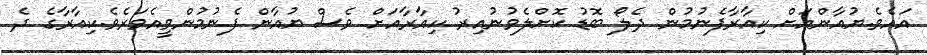
އައެވެ.ޔުއާންއަށް ކިއާރާފެނުމުން ދެލޯ ބޮޑު ކޮށްލެވުނުއިރު ކިއާރާއަށް ވެސް ޔުއާން ފެނުމުންވީއެވަރެވެ.ކިއާރާގެ ދެ